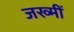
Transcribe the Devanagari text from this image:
जख्मीं